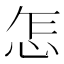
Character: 怎